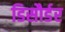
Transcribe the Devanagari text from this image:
डिसौर्डर